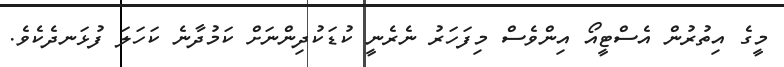
މީގެ އިތުރުން އެސްޓީއޯ އިންވެސް މިފަހަރު ނެރެނީ ކުޑަކުދިންނަށް ކަމުދާނެ ކަހަލަ ފުޅަނދެކެވެ.